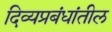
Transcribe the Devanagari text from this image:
दिव्यप्रबंधांतील